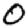
Digit: 0